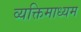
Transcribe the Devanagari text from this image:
व्यक्तिमाध्यम